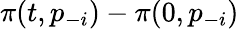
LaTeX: \pi(t,p_{-i})-\pi(0,p_{-i})